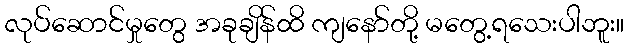
လုပ်ဆောင်မှုတွေ အခုချိန်ထိ ကျနော်တို့ မတွေ့ရသေးပါဘူး။